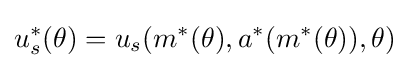
u_{s}^{*}(\theta )=u_{s}(m^{*}(\theta ),a^{*}(m^{*}(\theta )),\theta )